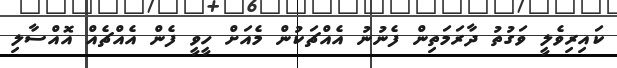
ކައިރިވެލީ ވަގުތު ދާރަމަތިން ފެނުނު އެއްޗަކުން މެއަށް ހީވީ ފެން އެއްޗެއް އޮއްސާލި